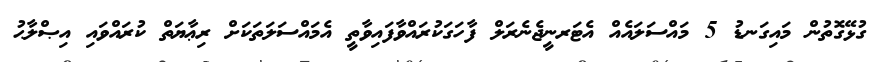
ގުޅޭގޮތުން މައިގަނޑު 5 މައްސަލައެއް އެޓަރނީޖެނެރަލް ފާހަގަކުރައްވާފައިވާތީ އެމައްސަލަތަކަށް ރިޢާޔަތް ކުރައްވައި އިޞްލާޙު